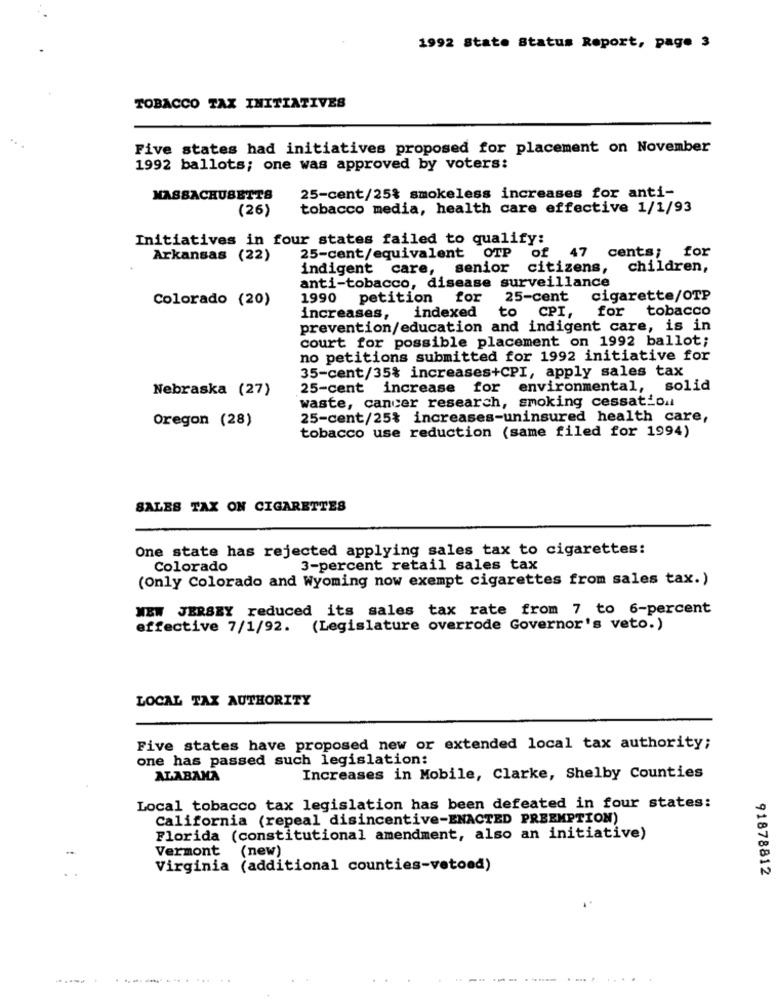
1992 State Status Report, page 3
TOBACCO TAX INITIATIVES
Five states had initiatives proposed for placement on November
1992 ballots; one was approved by voters:
MASSACHUSETTS
25-cent/25% smokeless increases for anti-
(26)
tobacco media, health care effective 1/1/93
Initiatives in four states failed to qualify:
Arkansas (22)
25-cent/equivalent OTP of
47 cents; for
indigent care, senior citizens,
children,
anti-tobacco, disease surveillance
Colorado (20)
1990 petition for 25-cent
cigarette/OTP
for tobacco
increases, indexed to CPI,
prevention/education and indigent care, is in
court for possible placement on 1992 ballot;
no petitions submitted for 1992 initiative for
35-cent/35% increases+CPI, apply sales tax
Nebraska (27)
25-cent increase for environmental, solid
waste, cancer research, smoking cessation
Oregon (28)
25-cent/25% increases-uninsured health care,
tobacco use reduction (same filed for 1994)
SALES TAX ON CIGARETTES
One state has rejected applying sales tax to cigarettes:
Colorado
3-percent retail sales tax
(Only Colorado and Wyoming now exempt cigarettes from sales tax.)
NEW JERSEY reduced its sales tax rate from 7 to 6-percent
effective 7/1/92. (Legislature overrode Governor's veto.)
LOCAL TAX AUTHORITY
Five states have proposed new or extended local tax authority;
one has passed such legislation:
ALABAMA
Increases in Mobile, Clarke, Shelby Counties
Local tobacco tax legislation has been defeated in four states:
California (repeal disincentive-ENACTED PREEMPTION)
Florida (constitutional amendment, also an initiative)
Vermont (new)
Virginia (additional counties-vetoed)
91878812
...........-........